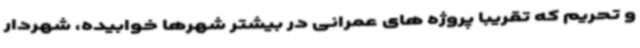
و تحریم که تقریبا پروژه های عمرانی در بیشتر شهرها خوابیده، شهردار